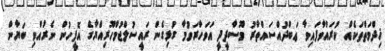
ޚިދްމަތްތަކެއް ކުރައްވާފައިވާ ޢަބްދުއްސައްތާރު މޫސާދީދީ އަވަހާރަވުމާ ގުޅިގެން ރައީސުލްޖުމްހޫރިއްޔާގެ އޮފީހުން ނެރުއްވި ބަޔާން